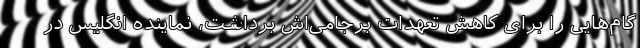
گام‌هایی را برای کاهش تعهدات برجامی‌اش برداشت، نماینده انگلیس در